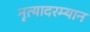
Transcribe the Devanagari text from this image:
नृत्यादरम्यान